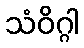
သံဝိဂ္ဂါ